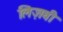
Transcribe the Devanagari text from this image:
लिज़बी